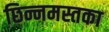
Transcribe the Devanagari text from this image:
छिन्नमस्तका